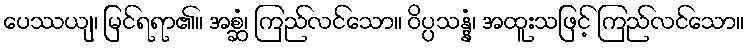
ပေဿယျ၊ မြင်ရရာ၏။ အစ္ဆံ၊ ကြည်လင်သော။ ဝိပ္ပသန္နံ၊ အထူးသဖြင့် ကြည်လင်သော။